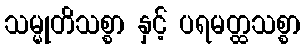
သမ္မုတိသစ္စာ နှင့် ပရမတ္ထသစ္စာ